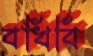
বখিবি